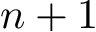
n + 1